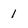
Character: 1